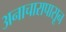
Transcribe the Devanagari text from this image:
अनाचारापासून